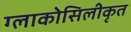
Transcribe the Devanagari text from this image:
ग्लाकोसिलीकृत